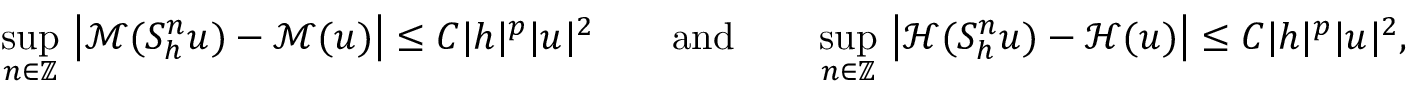
\operatorname* { s u p } _ { n \in \mathbb { Z } } \, \big | \mathcal { M } ( S _ { h } ^ { n } u ) - \mathcal { M } ( u ) \big | \leq C | h | ^ { p } | u | ^ { 2 } \qquad \mathrm { a n d } \qquad \operatorname* { s u p } _ { n \in \mathbb { Z } } \, \big | \mathcal { H } ( S _ { h } ^ { n } u ) - \mathcal { H } ( u ) \big | \leq C | h | ^ { p } | u | ^ { 2 } ,